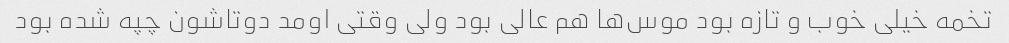
تخمه خیلی خوب و تازه بود موس‌ها هم عالی بود ولی وقتی اومد دوتاشون چپه شده بود